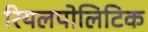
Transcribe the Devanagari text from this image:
रियलपोलिटिक